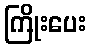
ကြိုးပေး